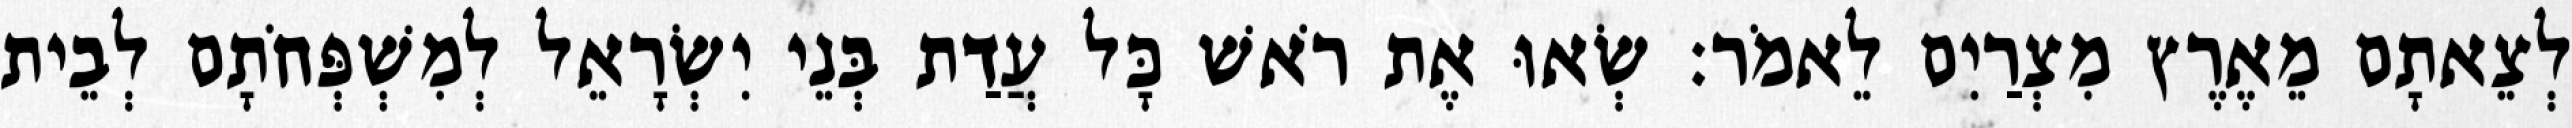
לְצֵאתָם מֵאֶרֶץ מִצְרַיִם לֵאמֹר׃ שְׂאוּ אֶת רֹאשׁ כָּל עֲדַת בְּנֵי יִשְׂרָאֵל לְמִשְׁפְּחֹתָם לְבֵית